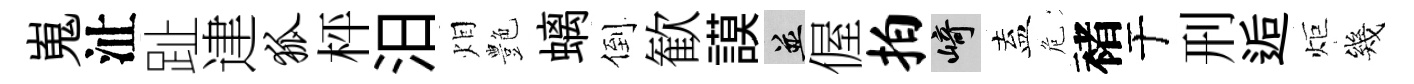
嵬沚趾䢖狐枰汨𤇆艶螭倒歓謨并偓拍崎盍危褚于刑逅炬幾